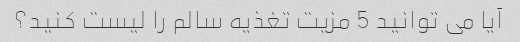
آیا می توانید 5 مزیت تغذیه سالم را لیست کنید؟